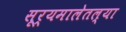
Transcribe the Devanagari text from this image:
सूर्यमालेतल्या